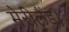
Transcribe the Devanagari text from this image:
मेरीलैंड।